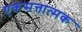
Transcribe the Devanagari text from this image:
एकसत्तात्मक